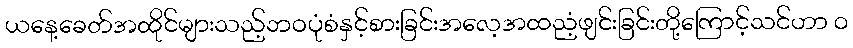
ယနေ့ခေတ်အထိုင်များသည့်ဘဝပုံစံနှင့်စားခြင်းအလေ့အထညံ့ဖျင်းခြင်းတို့ကြောင့်သင်ဟာ ၀